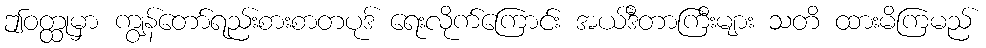
ဤဝတ္ထုမှာ ကျွန်တော်ရည်းစားစာတပုဒ် ရေးလိုက်ကြောင်း အယ်ဒီတာကြီးများ သတိ ထားမိကြမည်